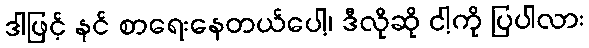
ဒါဖြင့် နင် စာရေးနေတယ်ပေါ့၊ ဒီလိုဆို ငါ့ကို ပြပါလား